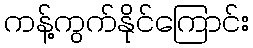
ကန့်ကွက်နိုင်ကြောင်း